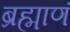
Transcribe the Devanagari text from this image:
ब्रह्माणं